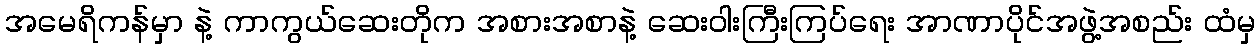
အမေရိကန်မှာ နဲ့ ကာကွယ်ဆေးတိုက အစားအစာနဲ့ ဆေးဝါးကြီးကြပ်ရေး အာဏာပိုင်အဖွဲ့အစည်း ထံမှ